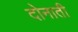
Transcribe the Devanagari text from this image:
दोनाती